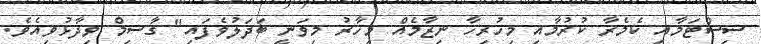
ސިސްޓަމާއި ކެމެރާ ކުރުމާއި މިހުރިހާ ނިޒާމެއް މިހާރު މިވަނީ ބަދަލުވެފައި" ގާސިމް ވިދާޅުވިއެވެ.